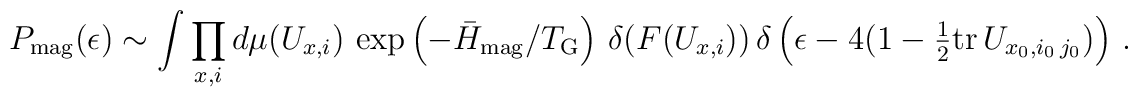
P_{\rm mag}(\epsilon) \sim   \int \prod\limits_{x,i} d\mu(U_{x,i}) \,    \exp\left(- {\bar H_{\rm mag}/T_{\rm G}} \right) \,   \delta(F(U_{x,i})) \,     \delta\left(   \epsilon - 4 (1 - {\textstyle {1\over 2}}{\rm tr} \, U_{x_0,i_0\,j_0})   \right) \,.